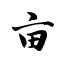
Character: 亩